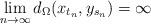
LaTeX: \begin{align*}\lim_{n \rightarrow \infty} d_{\Omega}(x_{t_n}, y_{s_n}) = \infty\end{align*}